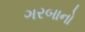
ગરબાનો